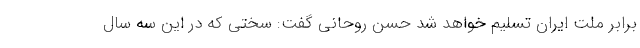
برابر ملت ایران تسلیم خواهد شد حسن روحانی گفت: سختی که در این سه سال